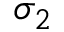
\sigma _ { 2 }